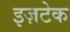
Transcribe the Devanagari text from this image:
इज़टेक